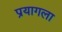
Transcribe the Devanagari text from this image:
प्रयागला